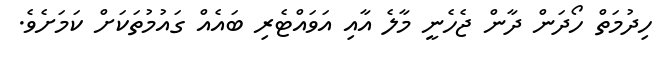
ހިދުމަތް ހޯދަން ދާން ޖެހެނީ މާލެ އާއި އަވައްޓެރި ބައެއް ގައުމުތަކަށް ކަމަށެވެ.